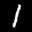
Label: 1